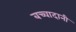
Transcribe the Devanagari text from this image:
बच्चादानी